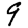
Digit: 9